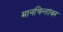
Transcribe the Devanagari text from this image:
मानचिन्हांवर